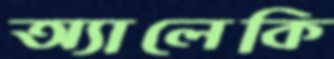
অ্যালেকি